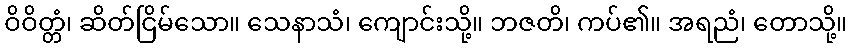
ဝိဝိတ္တံ၊ ဆိတ်ငြိမ်သော။ သေနာသံ၊ ကျောင်းသို့။ ဘဇတိ၊ ကပ်၏။ အရညံ၊ တောသို့။